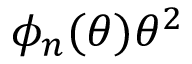
\phi _ { n } ( \theta ) \theta ^ { 2 }